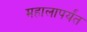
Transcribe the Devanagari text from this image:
महालापर्यंत